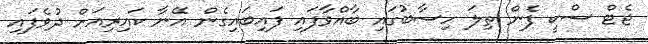
ޖެޓް ސްކީ ފެން ތިލަ ހިސާބުގައި ބާއްވާފައި ފައިބައިގެން އޭނާ ކައިރިއަށް ދުވެފައި